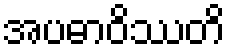
အပဓာဝိဿတိ